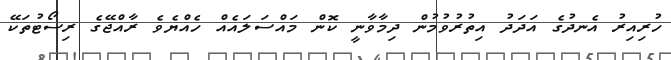
ހުރިއިރު އެނދުގެ އަދަދު އިތުރުވުމުން ދިމާވާނީ ކޮން މައްސަލައެއް ހެއްޔެވެ ރާއްޖޭގެ ރިސޯޓުތަކޭ